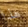
هذا